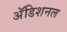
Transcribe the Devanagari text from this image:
अॅडिशनल